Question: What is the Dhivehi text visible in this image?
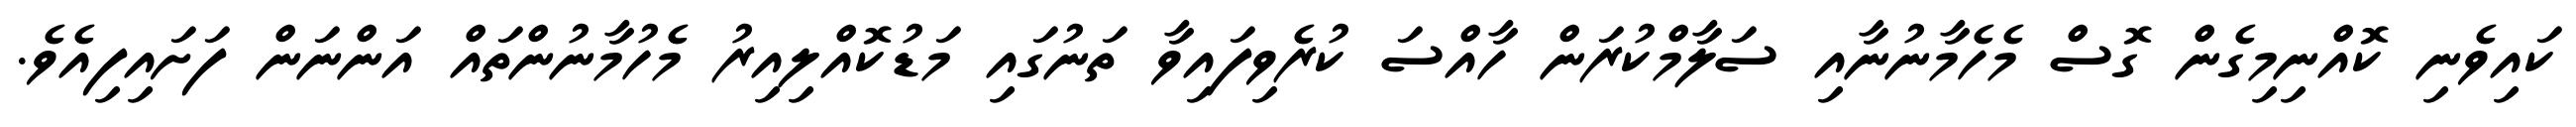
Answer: ކައިވެނި ކޮއްނިމިގެން ގޮސް މެހެމާނުނާއި ސަލާމްކުރަން ހާއްސަ ކުރެވިފައިވާ ތަނުގައި މަޑުކޮއްލިއިރު މެހުމާނުންތައް އަންނަން ފަށައިފިއެވެ.